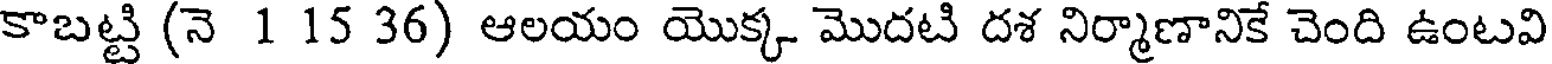
కాబట్టి (నె 1 15 36) ఆలయం యొక్క మొదటి దశ నిర్మాణానికే చెంది ఉంటవి